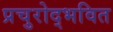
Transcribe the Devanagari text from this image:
प्रचुरोद्भवित